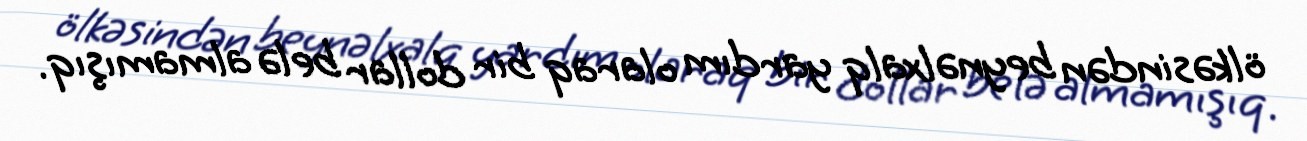
ölkəsindən beynəlxalq yardım olaraq bir dollar belə almamışıq.